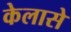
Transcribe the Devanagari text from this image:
केलासे